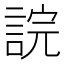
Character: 𧨎